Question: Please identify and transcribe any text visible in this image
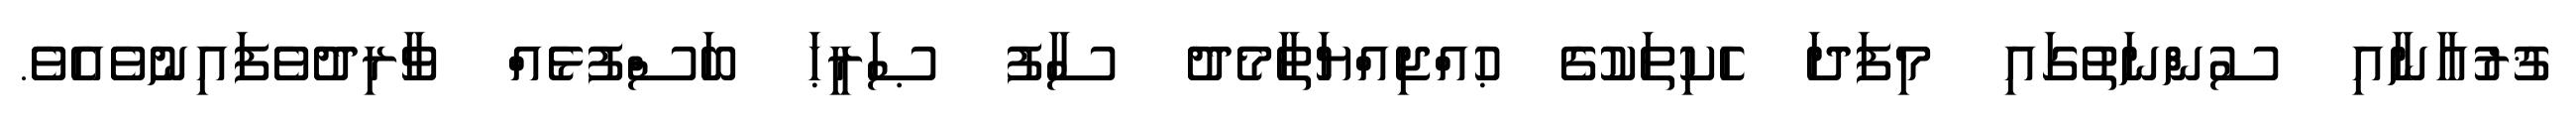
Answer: ޤުރުއާނާއި ސުންނަތުގައި މިފަދަ ހެކިތަކުގެ ޙުއްޖިއްޔަތާމެދު ސާފު ޞަރީޙަ ބަސްފުޅެއް ވާރިދުވެފައިނުވެއެވެ.